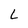
Character: L